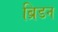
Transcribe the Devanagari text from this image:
ब्रिडन